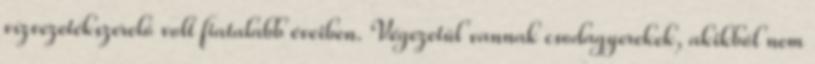
vízvezetékszerelő volt fiatalabb éveiben. Végezetül vannak csodagyerekek, akikből nem